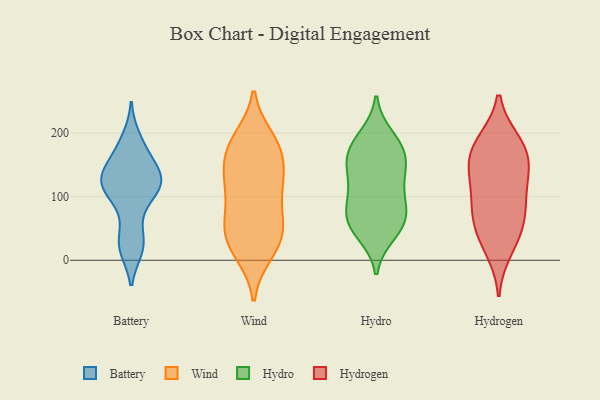
{"axis": {"x": "Website Visitors", "y": "Value"}, "legend": ["Battery", "Hydro", "Hydrogen", "Wind"], "data": [{"x": "", "y": 106, "type": "Battery"}, {"x": "", "y": 127, "type": "Battery"}, {"x": "", "y": 141, "type": "Battery"}, {"x": "", "y": 55, "type": "Battery"}, {"x": "", "y": 178, "type": "Battery"}, {"x": "", "y": 105, "type": "Battery"}, {"x": "", "y": 123, "type": "Battery"}, {"x": "", "y": 130, "type": "Battery"}, {"x": "", "y": 158, "type": "Battery"}, {"x": "", "y": 144, "type": "Battery"}, {"x": "", "y": 20, "type": "Battery"}, {"x": "", "y": 118, "type": "Battery"}, {"x": "", "y": 18, "type": "Battery"}, {"x": "", "y": 192, "type": "Battery"}, {"x": "", "y": 104, "type": "Battery"}, {"x": "", "y": 25, "type": "Battery"}, {"x": "", "y": 26, "type": "Wind"}, {"x": "", "y": 14, "type": "Wind"}, {"x": "", "y": 126, "type": "Wind"}, {"x": "", "y": 118, "type": "Wind"}, {"x": "", "y": 167, "type": "Wind"}, {"x": "", "y": 49, "type": "Wind"}, {"x": "", "y": 188, "type": "Wind"}, {"x": "", "y": 191, "type": "Wind"}, {"x": "", "y": 174, "type": "Wind"}, {"x": "", "y": 11, "type": "Wind"}, {"x": "", "y": 50, "type": "Wind"}, {"x": "", "y": 140, "type": "Wind"}, {"x": "", "y": 109, "type": "Wind"}, {"x": "", "y": 59, "type": "Wind"}, {"x": "", "y": 176, "type": "Wind"}, {"x": "", "y": 76, "type": "Wind"}, {"x": "", "y": 46, "type": "Wind"}, {"x": "", "y": 125, "type": "Wind"}, {"x": "", "y": 195, "type": "Hydro"}, {"x": "", "y": 104, "type": "Hydro"}, {"x": "", "y": 188, "type": "Hydro"}, {"x": "", "y": 65, "type": "Hydro"}, {"x": "", "y": 90, "type": "Hydro"}, {"x": "", "y": 112, "type": "Hydro"}, {"x": "", "y": 159, "type": "Hydro"}, {"x": "", "y": 137, "type": "Hydro"}, {"x": "", "y": 58, "type": "Hydro"}, {"x": "", "y": 46, "type": "Hydro"}, {"x": "", "y": 175, "type": "Hydro"}, {"x": "", "y": 76, "type": "Hydro"}, {"x": "", "y": 66, "type": "Hydro"}, {"x": "", "y": 167, "type": "Hydro"}, {"x": "", "y": 136, "type": "Hydro"}, {"x": "", "y": 157, "type": "Hydro"}, {"x": "", "y": 41, "type": "Hydro"}, {"x": "", "y": 144, "type": "Hydrogen"}, {"x": "", "y": 71, "type": "Hydrogen"}, {"x": "", "y": 187, "type": "Hydrogen"}, {"x": "", "y": 69, "type": "Hydrogen"}, {"x": "", "y": 180, "type": "Hydrogen"}, {"x": "", "y": 104, "type": "Hydrogen"}, {"x": "", "y": 16, "type": "Hydrogen"}, {"x": "", "y": 152, "type": "Hydrogen"}, {"x": "", "y": 92, "type": "Hydrogen"}, {"x": "", "y": 185, "type": "Hydrogen"}, {"x": "", "y": 129, "type": "Hydrogen"}, {"x": "", "y": 52, "type": "Hydrogen"}, {"x": "", "y": 153, "type": "Hydrogen"}, {"x": "", "y": 33, "type": "Hydrogen"}]}